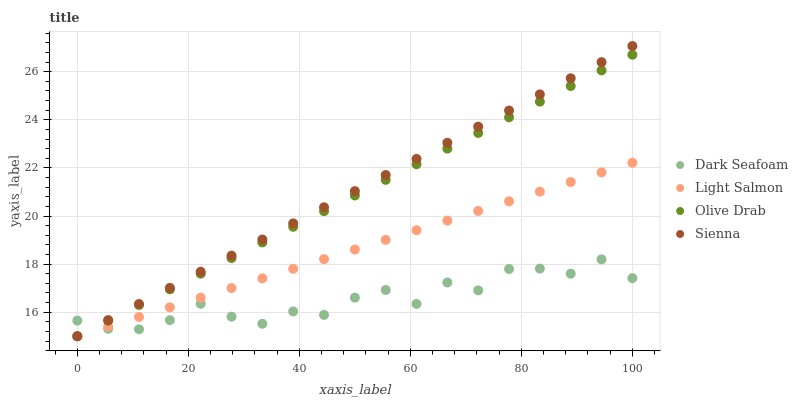
| xaxis_label | Dark Seafoam | Light Salmon | Olive Drab | Sienna |
 | --- | --- | --- | --- | --- |
 | 0 | 15.6 | 15 | 15 | 15 |
 | 5.56 | 15.3 | 15.4 | 15.7 | 15.7 |
 | 11.1 | 15.3 | 15.8 | 16.3 | 16.3 |
 | 16.7 | 15.7 | 16.2 | 17 | 17 |
 | 22.2 | 16.4 | 16.6 | 17.6 | 17.7 |
 | 27.8 | 15.8 | 17 | 18.3 | 18.4 |
 | 33.3 | 15.5 | 17.4 | 18.9 | 19 |
 | 38.9 | 16 | 17.8 | 19.6 | 19.7 |
 | 44.4 | 15.9 | 18.2 | 20.2 | 20.4 |
 | 50 | 16.6 | 18.6 | 20.9 | 21 |
 | 55.6 | 16.9 | 19 | 21.5 | 21.7 |
 | 61.1 | 16.3 | 19.4 | 22.2 | 22.4 |
 | 66.7 | 17.2 | 19.8 | 22.8 | 23 |
 | 72.2 | 16.9 | 20.2 | 23.5 | 23.7 |
 | 77.8 | 17.8 | 20.6 | 24.1 | 24.4 |
 | 83.3 | 17.8 | 21 | 24.8 | 25.1 |
 | 88.9 | 17.6 | 21.4 | 25.4 | 25.7 |
 | 94.4 | 18.2 | 21.8 | 26.1 | 26.4 |
 | 100 | 17.4 | 22.2 | 26.7 | 27.1 |